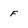
Character: F